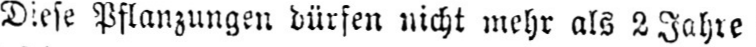
Diese Pflanzungen dürfen nicht mehr als 2 Jahre